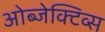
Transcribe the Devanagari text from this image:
ओब्जेक्टिव्स